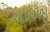
આમળાૢ